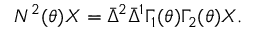
N ^ { 2 } ( \theta ) X = \bar { \Delta } ^ { 2 } \bar { \Delta } ^ { 1 } \Gamma _ { 1 } ( \theta ) \Gamma _ { 2 } ( \theta ) X .